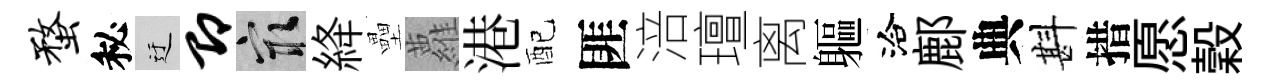
蝥秘迂即冣絳壘蘿港配匪涪璮离軀洽鄜典斟措愿穀